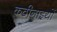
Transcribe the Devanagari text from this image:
कठीनाइयों